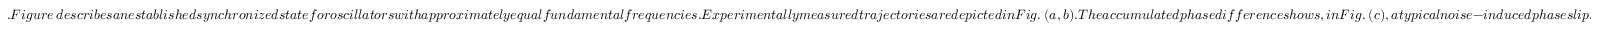
. F i g u r e ~ d e s c r i b e s a n e s t a b l i s h e d s y n c h r o n i z e d s t a t e f o r o s c i l l a t o r s w i t h a p p r o x i m a t e l y e q u a l f u n d a m e n t a l f r e q u e n c i e s . E x p e r i m e n t a l l y m e a s u r e d t r a j e c t o r i e s a r e d e p i c t e d i n F i g . ~ ( a , b ) . T h e a c c u m u l a t e d p h a s e d i f f e r e n c e s h o w s , i n F i g . ~ ( c ) , a t y p i c a l n o i s e - i n d u c e d p h a s e s l i p . F i g u r e ~ ( d ) c o n f i r m s t h e e s t a b l i s h e d l i n e a r r e l a t i o n s h i p b e t w e e n t h e t i m e d e p e n d e n c e o f t h e v a r i a n c e o f t h e a c c u m u l a t e d p h a s e ,